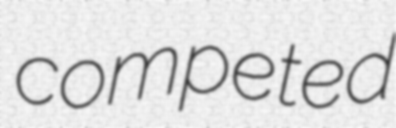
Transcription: competed